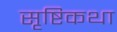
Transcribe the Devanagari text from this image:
सृष्टिकथा